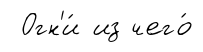
Огн'и́ из чего́